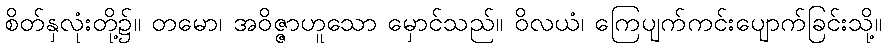
စိတ်နှလုံးတို့၌။ တမော၊ အဝိဇ္ဇာဟူသော မှောင်သည်။ ဝိလယံ၊ ကြေပျက်ကင်းပျောက်ခြင်းသို့။